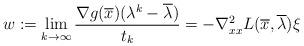
LaTeX: \begin{align*} w:=\lim_{k\to\infty}\frac{\nabla g(\overline{x})(\lambda^k-\overline{\lambda})}{t_k} =-\nabla_{xx}^2L(\overline{x},\overline{\lambda})\xi \end{align*}